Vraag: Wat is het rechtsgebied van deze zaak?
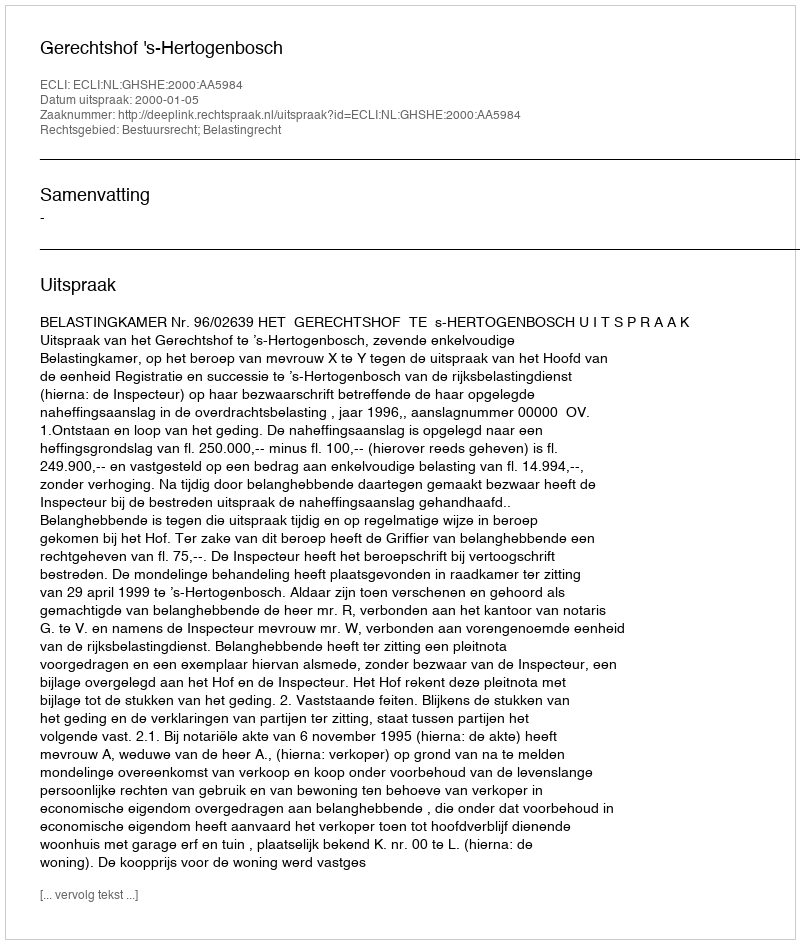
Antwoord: Bestuursrecht; Belastingrecht